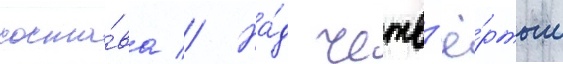
соста́ва // На́д четв'ё́ртым